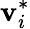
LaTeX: \mathbf{v}_{i}^{*}